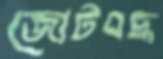
জোটবদ্ধ